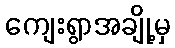
ကျေးရွာအချို့မှ